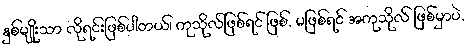
နှစ်မျိုးသာ လိုရင်းဖြစ်ပါတယ်၊ ကုသိုလ်ဖြစ်ရင် ဖြစ်, မဖြစ်ရင် အကုသိုလ် ဖြစ်မှာပဲ,